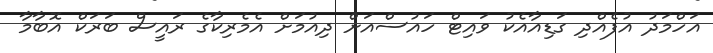
އަހްމަދު އުފެއްދި ގަޑިއާއެކު ވައިޓް ހައުސްއަށް ދިއުމަށް އެމެރިކާގެ ރައީސް ބަރަކް އޮބާމާ